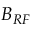
B _ { R F }